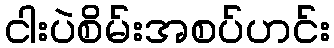
ငါးပဲစိမ်းအစပ်ဟင်း